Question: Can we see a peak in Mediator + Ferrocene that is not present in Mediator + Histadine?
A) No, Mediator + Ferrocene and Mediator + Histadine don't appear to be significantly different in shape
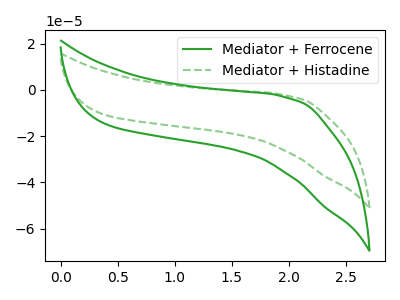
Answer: <think>The green curve "Mediator + Ferrocene" has no peaks. The green dashed curve "Mediator + Histadine" has no peaks.
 Neither "Mediator + Ferrocene" or "Mediator + Histadine" have any peaks.</think>
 <answer>A) No, "Mediator + Ferrocene" and "Mediator + Histadine" don't appear to be significantly different in shape</answer>
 <eval>A</eval>